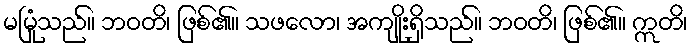
မမြုံသည်။ ဘဝတိ၊ ဖြစ်၏။ သဖလော၊ အကျိုးရှိသည်။ ဘဝတိ၊ ဖြစ်၏။ ဣတိ၊